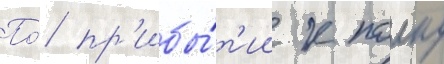
По́ пр'ибы́т'ии к полку